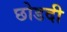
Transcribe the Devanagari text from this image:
छोडदी